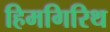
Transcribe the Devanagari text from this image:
हिमगिरिथ